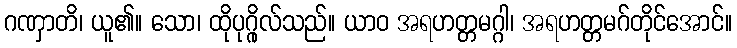
ဂဏှာတိ၊ ယူ၏။ သော၊ ထိုပုဂ္ဂိုလ်သည်။ ယာဝ အရဟတ္တမဂ္ဂါ၊ အရဟတ္တမဂ်တိုင်အောင်။